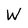
Character: W